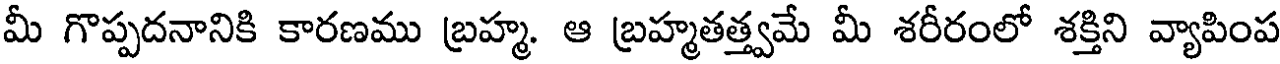
మీ గొప్పదనానికి కారణము బ్రహ్మ. ఆ బ్రహ్మతత్త్వమే మీ శరీరంలో శక్తిని వ్యాపింప